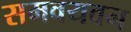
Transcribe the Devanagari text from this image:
समवयवन